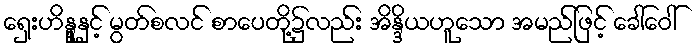
ရှေးဟိန္ဒူနှင့် မွတ်စလင် စာပေတို့၌လည်း အိန္ဒိယဟူသော အမည်ဖြင့် ခေါ်ဝေါ်